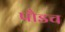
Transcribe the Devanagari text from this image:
पौडच